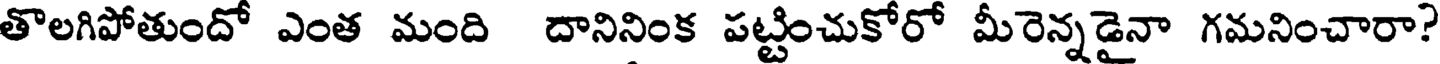
తొలగిపోతుందో ఎంత మంది దానినింక పట్టించుకోరో మీరెన్నడైనా గమనించారా?